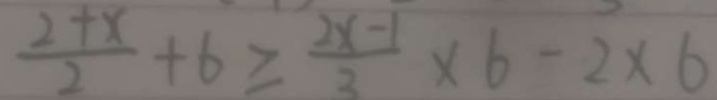
\frac { 2 + x } { 2 } + 6 \geq \frac { 2 x - 1 } { 3 } \times 6 - 2 \times 6